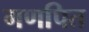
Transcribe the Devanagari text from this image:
गणपित